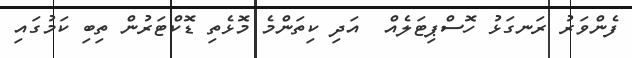
ފެންްްވަރު ރަނގަޅު ހޮސްޕިޓަލެއް  އަދި ކިތަންްމެ މޮޅެތި ޑޮކްޓަރުން ތިބި ކަމުގައި